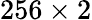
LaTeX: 256\times 2